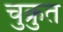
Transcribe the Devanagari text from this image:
चुक्रुत